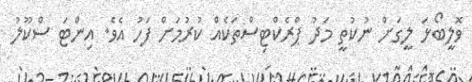
ވޮލީބޯޅަ ލީގަށް ނުކުތީ މަދު ޕްރެކްޓިސްތަކެއް ކުރުމަށް ފަހު އެވެ. އިންޓަ ސްކޫލު